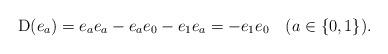
LaTeX: \begin{align*}{\rm D}(e_{a})=e_{a}e_{a}-e_{a}e_{0}-e_{1}e_{a}=-e_{1}e_{0}\quad(a\in\{0,1\}).\end{align*}